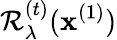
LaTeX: \mathcal{R}_{\lambda}^{(t)}(\mathbf{x}^{(1)})